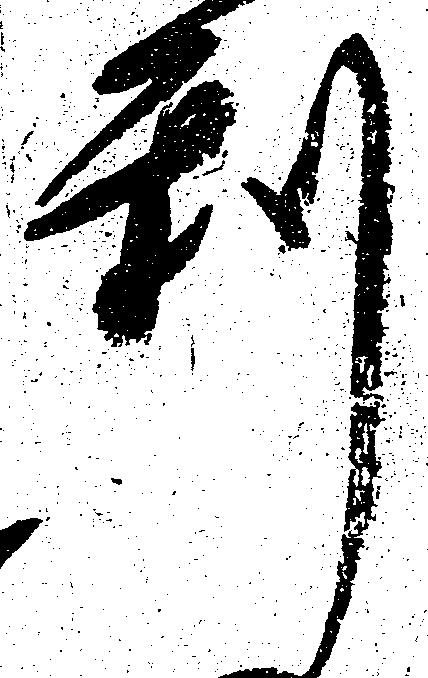
利